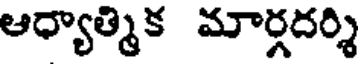
ఆధ్యాత్మిక మార్గదర్శి